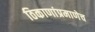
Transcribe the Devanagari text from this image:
ठिकाणांप्रमाणेच